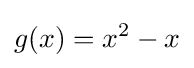
g(x)=x^{2}-x